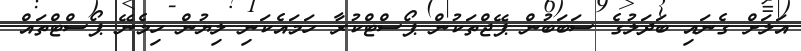
އަލަށް ގެނައި ބަދަލުގެ ސަބަބުން ޕޭޖްތަކުން ޕޯސްޓްކުރާ ހަމައެކަނި ލިޔުން ހިމެނޭ ޕޯސްޓްތައް